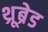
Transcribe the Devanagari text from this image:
थ्रूब्रेड